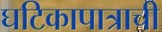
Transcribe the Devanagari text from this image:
घटिकापात्राची